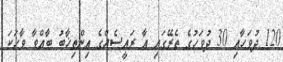
120 ދުވަހާއި 30 ދުވަހުގެ ތެރޭގައި އާ ރައީސެއްގެ އިންތިޚާބު ބާއްވާ ވާހަކަ